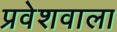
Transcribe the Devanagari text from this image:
प्रवेशवाला